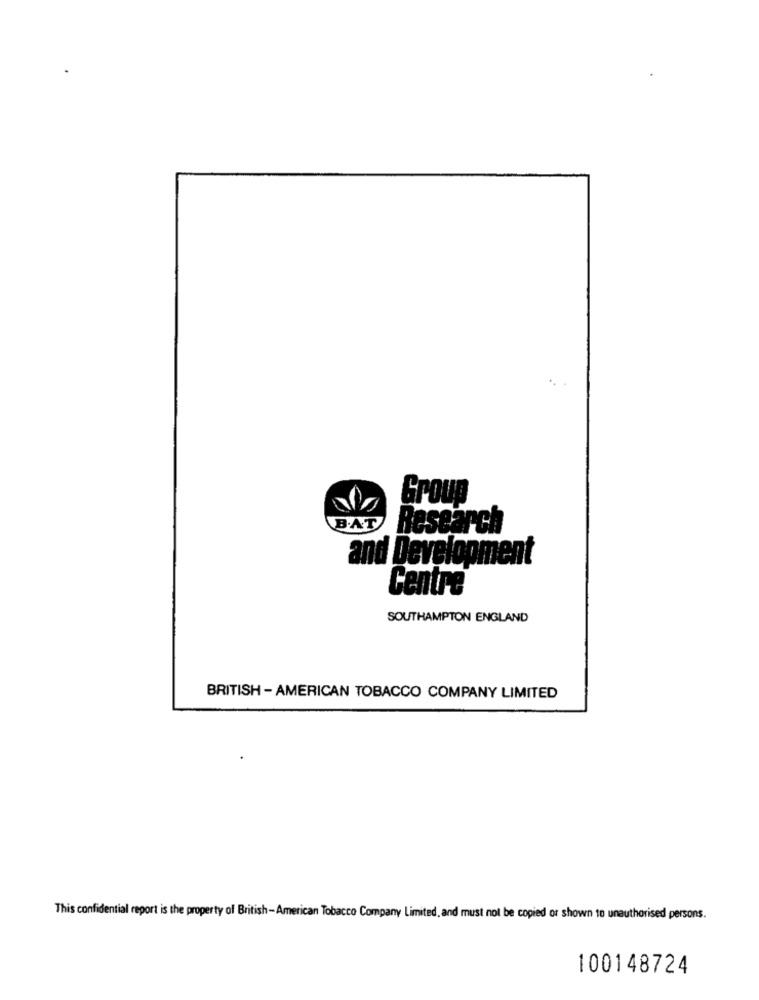
Group
B.AT
Research
and Development
Centre
SOUTHAMPTON ENGLAND
BRITISH - AMERICAN TOBACCO COMPANY LIMITED
This confidential report is the property of British-American Tobacco Company Limited, and must not be copied or shown to unauthorised persons.
100148724